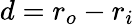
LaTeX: d=r_{o}-r_{i}